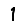
Digit: 1